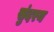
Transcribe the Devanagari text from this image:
सुंदरय